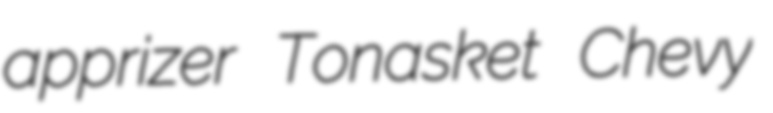
apprizer Tonasket Chevy